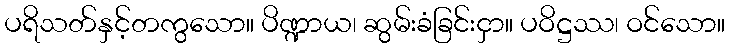
ပရိသတ်နှင့်တကွသော။ ပိဏ္ဍာယ၊ ဆွမ်းခံခြင်းငှာ။ ပဝိဋ္ဌဿ၊ ဝင်သော။